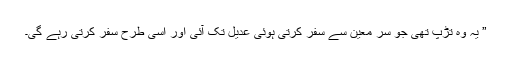
” یہ وہ تڑپ تھی جو سر معین سے سفر کرتی ہوئی عدیل تک آئی اور اسی طرح سفر کرتی رہے گی۔